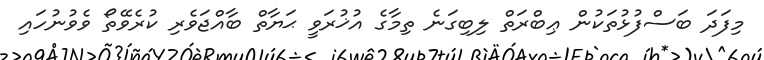
މިފަދަ ބަސްފުޅުތަކުން ޢިބްރަތް ލިބިގަނެ ތިމާގެ އުޚުރަވީ ޙަޔާތް ބާއްޖަވެރި ކުރެވޭތޯ ވެވުނުހައި